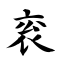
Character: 衮